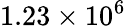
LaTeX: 1.23\times 10^{6}